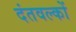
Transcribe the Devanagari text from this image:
दंतवल्कों